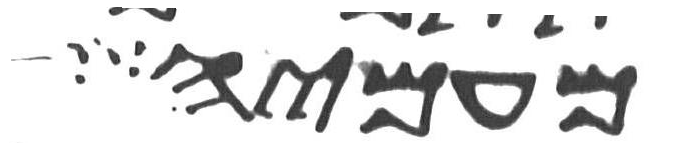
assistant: מעמיה